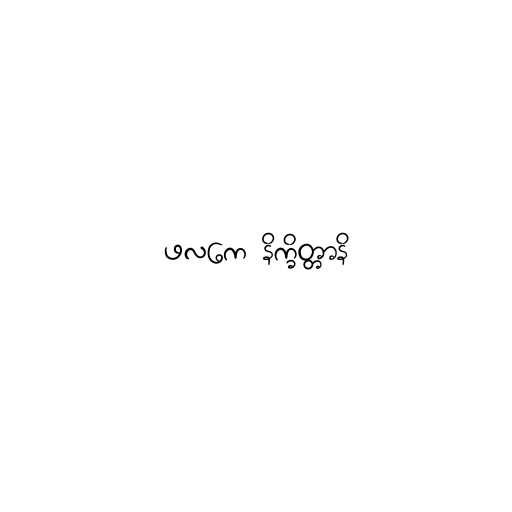
ဖလကေ နိက္ခိတ္တာနိ